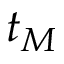
t _ { M }